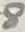
Text: 8